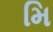
મિ